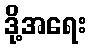
ဒို့အရေး